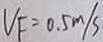
V _ { F } = 0 . 5 m / s